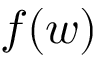
f ( w )